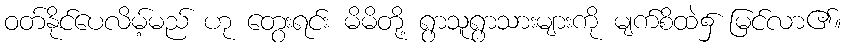
ဝတ်နိုင်ပေလိမ့်မည် ဟု တွေးရင်း မိမိတို့ ရွာသူရွာသားများကို မျက်စိထဲ၌ မြင်လာ၏။